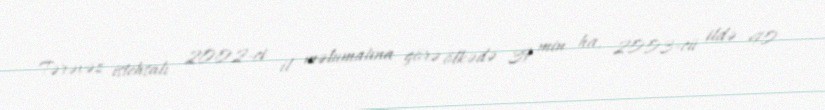
Tərəvəz istehsalı 2002-ci il məlumatına görə ölkədə 39 min ha, 2003-cü ildə 40